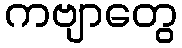
ကဗျာတွေ